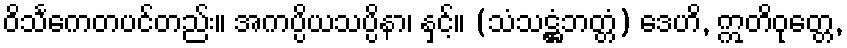
ဝိသင်္ကေတပင်တည်း။ အကပ္ပိယသပ္ပိနာ၊ နှင့်။ (သံသဋ္ဌံဘတ္တံ) ဒေဟိ, ဣတိဝုတ္တေ,